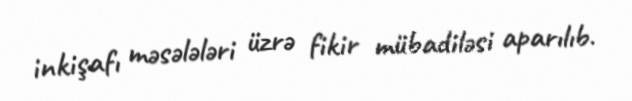
inkişafı məsələləri üzrə fikir mübadiləsi aparılıb.